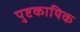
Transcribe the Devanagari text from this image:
पुष्टकायिक